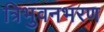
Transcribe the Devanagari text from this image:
त्रिभुवनभरण